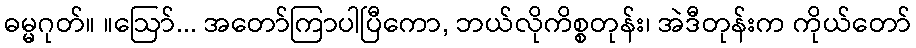
ဓမ္မဂုတ်။ ။ဩော်... အတော်ကြာပါပြီကော, ဘယ်လိုကိစ္စတုန်း၊ အဲဒီတုန်းက ကိုယ်တော်